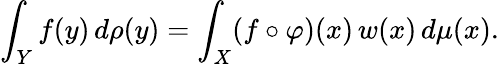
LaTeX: \int_{Y}f(y)\, d\rho(y)=\int_{X}(f\circ\varphi)(x)\, w(x)\, d\mu(x).